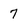
Character: 7